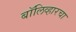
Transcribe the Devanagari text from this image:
बॉलिव्हारचा